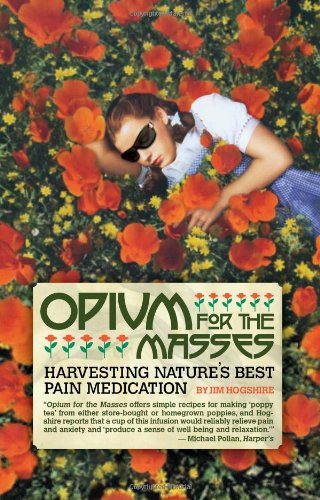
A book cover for Opium for the Masses: Harvesting Nature's Best Pain Medication; Jim Hogshire; Crafts, Hobbies & Home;